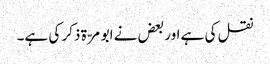
نقل کی ہے اور بعض نے ابو مرّۃ ذکر کی ہے۔